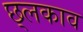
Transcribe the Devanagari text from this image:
छ्लकाव